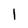
Character: I